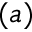
( a )